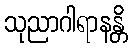
သုညာဂါရာနန္တိ